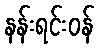
နန်းရင်းဝန်